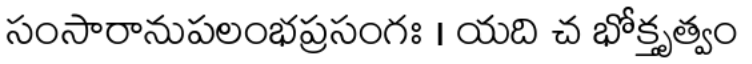
సంసారానుపలంభప్రసంగః । యది చ భోక్తృత్వం